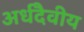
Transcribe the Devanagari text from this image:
अर्धदैवीय